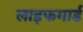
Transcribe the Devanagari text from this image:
लाइफगार्ड